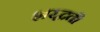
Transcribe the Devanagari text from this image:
शरद्वती